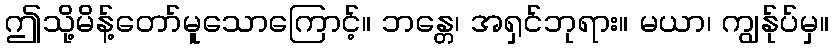
ဤသို့မိန့်တော်မူသောကြောင့်။ ဘန္တေ၊ အရှင်ဘုရား။ မယာ၊ ကျွန်ုပ်မှ။